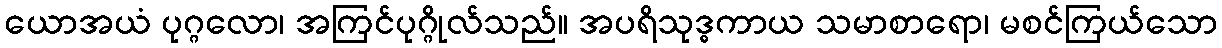
ယောအယံ ပုဂ္ဂလော၊ အကြင်ပုဂ္ဂိုလ်သည်။ အပရိသုဒ္ဓကာယ သမာစာရော၊ မစင်ကြယ်သော